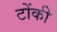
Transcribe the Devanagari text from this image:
टोंकी